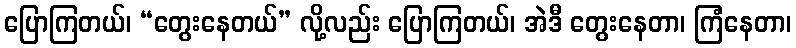
ပြောကြတယ်၊ “တွေးနေတယ်” လို့လည်း ပြောကြတယ်၊ အဲဒီ တွေးနေတာ၊ ကြံနေတာ၊